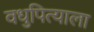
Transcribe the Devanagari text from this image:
वधुपित्याला